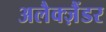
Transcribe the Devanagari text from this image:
अलैक्‍ज़ैंडर